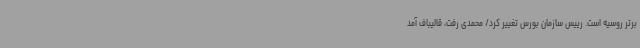
برتر روسیه است. رییس سازمان بورس تغییر کرد/ محمدی رفت، قالیباف آمد